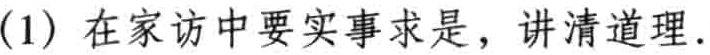
(1) 在家访中要实事求是，讲清道理.